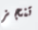
تنجز